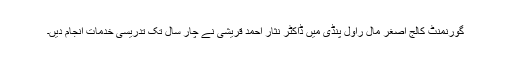
گورنمنٹ کالج اصغر مال راول پنڈی میں ڈاکٹر نثار احمد قریشی نے چار سال تک تدریسی خدمات انجام دیں۔